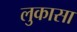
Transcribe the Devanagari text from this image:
लुकासा